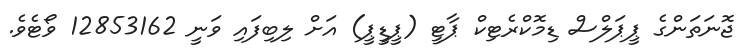
ޖޮނަތަންގެ ޕީޕަލްސް ޑިމޮކްރެޓިކް ޕާޓީ (ޕީޑީޕީ) އަށް ލިބިފައި ވަނީ 12853162 ވޯޓެވެ.